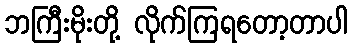
ဘကြီးမိုးတို့ လိုက်ကြရတော့တာပါ